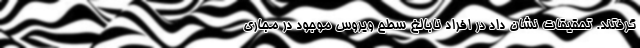
گرفتند. تحقیقات نشان داد در افراد نابالغ سطح ویروس موجود در مجاری